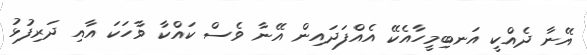
އޭނާ ދެއްކީ އަނބިމީހާއެކޭ އެއްފަދައިން އޭނާ ވެސް ކައްކާ ވާހަކަ އާއި ދަރިފުޅު